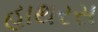
હાથરસ